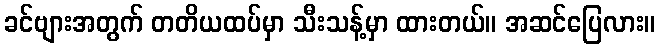
ခင်ဗျားအတွက် တတိယထပ်မှာ သီးသန့်မှာ ထားတယ်။ အဆင်ပြေလား။